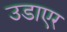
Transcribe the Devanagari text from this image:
उडाएर